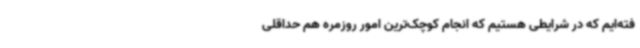
فته‌ایم که در شرایطی هستیم که انجام کوچک‌ترین امور روزمره هم حداقلی